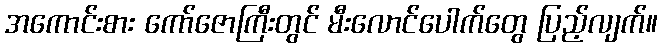
အကောင်းစား ကော်ဇောကြီးတွင် မီးလောင်ပေါက်တွေ ပြည့်လျက်။